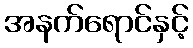
အနက်ရောင်နှင့်